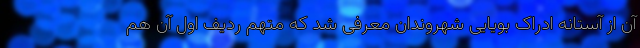
آن از آستانه ادراک بویایی شهروندان معرفی شد که متهم ردیف اول آن هم